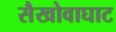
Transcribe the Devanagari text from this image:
सैखोवाघाट